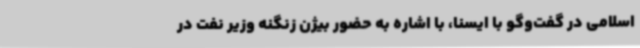
اسلامی در گفت‌وگو با ایسنا، با اشاره به حضور بیژن زنگنه وزیر نفت در